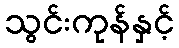
သွင်းကုန်နှင့်